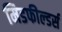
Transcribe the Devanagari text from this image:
मिडफील्‍डर्स